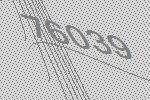
76039